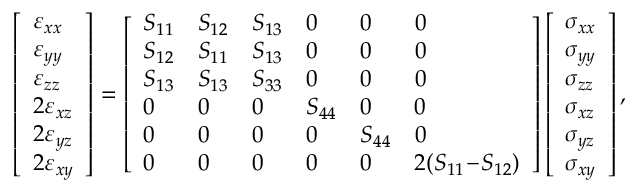
\left[ \begin{array} { l } { \varepsilon _ { x x } } \\ { \varepsilon _ { y y } } \\ { \varepsilon _ { z z } } \\ { 2 \varepsilon _ { x z } } \\ { 2 \varepsilon _ { y z } } \\ { 2 \varepsilon _ { x y } } \end{array} \right] = \left[ \begin{array} { l l l l l l } { S _ { 1 1 } } & { S _ { 1 2 } } & { S _ { 1 3 } } & { 0 } & { 0 } & { 0 } \\ { S _ { 1 2 } } & { S _ { 1 1 } } & { S _ { 1 3 } } & { 0 } & { 0 } & { 0 } \\ { S _ { 1 3 } } & { S _ { 1 3 } } & { S _ { 3 3 } } & { 0 } & { 0 } & { 0 } \\ { 0 } & { 0 } & { 0 } & { S _ { 4 4 } } & { 0 } & { 0 } \\ { 0 } & { 0 } & { 0 } & { 0 } & { S _ { 4 4 } } & { 0 } \\ { 0 } & { 0 } & { 0 } & { 0 } & { 0 } & { 2 ( S _ { 1 1 } \! - \! S _ { 1 2 } ) } \end{array} \right] \left[ \begin{array} { l } { \sigma _ { x x } } \\ { \sigma _ { y y } } \\ { \sigma _ { z z } } \\ { \sigma _ { x z } } \\ { \sigma _ { y z } } \\ { \sigma _ { x y } } \end{array} \right] ,